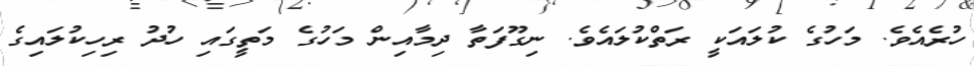
ހުރެއެވެ. މަހުގެ ކުލައަކީ ރަތްކުލައެވެ. ނިގޫފަތާ ދިމާއިން މަހުގެ މަތީގައި ހުދު ރިހިކުލައިގެ